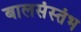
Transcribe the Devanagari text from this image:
बालसंस्तंभ